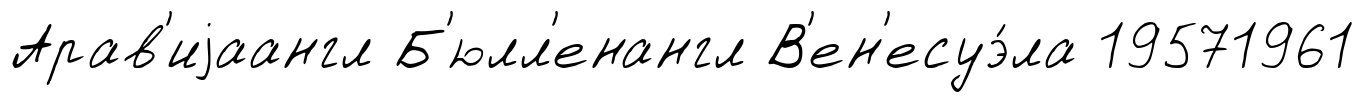
Арав'иjаангл Б'юлл'енангл В'ен'есуэ́ла 19571961